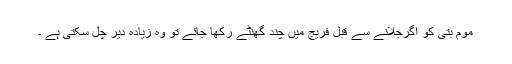
موم بتی کو اگرجلانے سے قبل فریج میں چند گھنٹے رکھا جائے تو وہ زیادہ دیر چل سکتی ہے ۔